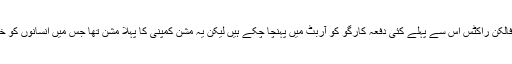
سپیس ایکس کے فالکن راکٹس اس سے پہلے کئی دفعہ کارگو کو آربٹ میں پہنچا چکے ہیں لیکن یہ مشن کمپنی کا پہلا مشن تھا جس میں انسانوں کو خلا میں پہنچایا گیا۔